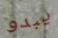
يبدو